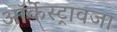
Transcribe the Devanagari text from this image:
ऑर्केस्ट्रावजा